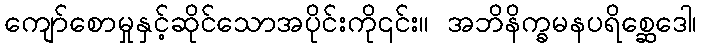
ကျော်စောမှုနှင့်ဆိုင်သောအပိုင်းကို၎င်း။ အဘိနိက္ခမနပရိစ္ဆေဒေါ၊